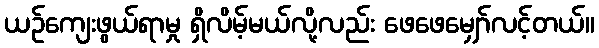
ယဉ်ကျေးဖွယ်ရာမှု ရှိလိမ့်မယ်လို့လည်း ဖေဖေမျှော်လင့်တယ်။